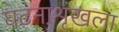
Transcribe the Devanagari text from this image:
घटनाशृंखला